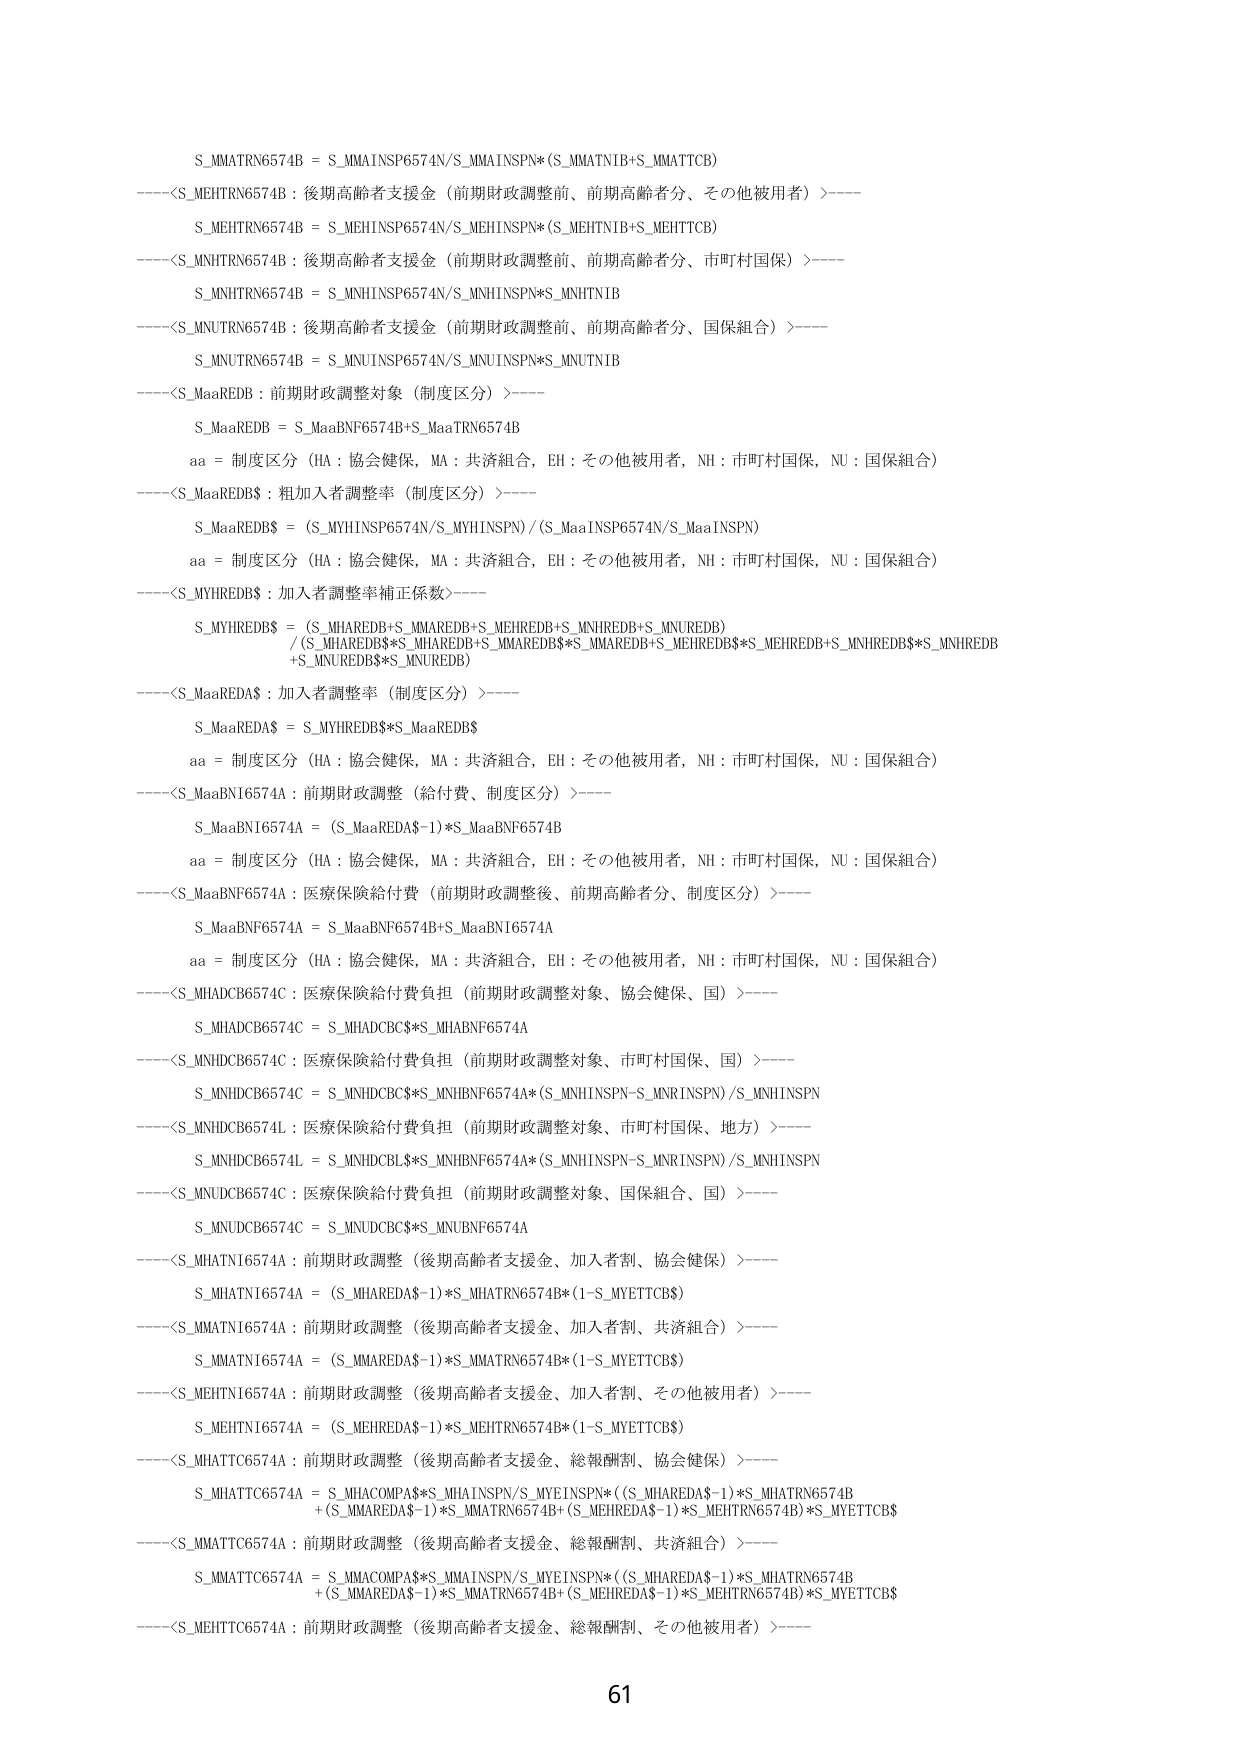
S_MMATRN6574B = S_MMAINSP6574N/S_MMAINSPN*(S_MMATNIB+S_MMATTCB)
----<S_MEHTRN6574B：後期高齢者支援金（前期財政調整前、前期高齢者分、その他被用者）>----
S_MEHTRN6574B = S_MEHINSP6574N/S_MEHINSPN*(S_MEHTNIB+S_MEHTTCB)
----<S_MNHTRN6574B：後期高齢者支援金（前期財政調整前、前期高齢者分、市町村国保）>----
S_MNHTRN6574B = S_MNHINSP6574N/S_MNHINSPN*S_MNHTNIB
----<S_MNUTRN6574B：後期高齢者支援金（前期財政調整前、前期高齢者分、国保組合）>----
S_MNUTRN6574B = S_MNUINSP6574N/S_MNUINSPN*S_MNUTNIB
----<S_MaaREDB：前期財政調整対象（制度区分）>----
S_MaaREDB = S_MaaBNF6574B+S_MaaTRN6574B
aa = 制度区分（HA：協会健保，MA：共済組合，EH：その他被用者，NH：市町村国保，NU：国保組合）
----<S_MaaREDB$：粗加入者調整率（制度区分）>----
S_MaaREDB$ = (S_MYHINSP6574N/S_MYHINSPN) / (S_MaaINSP6574N/S_MaaINSPN)
aa = 制度区分（HA：協会健保，MA：共済組合，EH：その他被用者，NH：市町村国保，NU：国保組合）
----<S_MYHREDB$：加入者調整率補正係数>----
S_MYHREDB$ = (S_MHAREDB+S_MMAREDB+S_MEHREDB+S_MNHREDB+S_MNUREDB)
/ (S_MHAREDB$*S_MHAREDB+S_MMAREDB$*S_MMAREDB+S_MEHREDB$*S_MEHREDB+S_MNHREDB$*S_MNHREDB
+S_MNUREDB$*S_MNUREDB)
----<S_MaaREDA$：加入者調整率（制度区分）>----
S_MaaREDA$ = S_MYHREDB$*S_MaaREDB$
aa = 制度区分（HA：協会健保，MA：共済組合，EH：その他被用者，NH：市町村国保，NU：国保組合）
----<S_MaaBN16574A：前期財政調整（給付費、制度区分）>----
S_MaaBN16574A = (S_MaaREDA$-1)*S_MaaBNF6574B
aa = 制度区分（HA：協会健保，MA：共済組合，EH：その他被用者，NH：市町村国保，NU：国保組合）
----<S_MaaBNF6574A：医療保険給付費（前期財政調整後、前期高齢者分、制度区分）>----
S_MaaBNF6574A = S_MaaBNF6574B+S_MaaBN16574A
aa = 制度区分（HA：協会健保，MA：共済組合，EH：その他被用者，NH：市町村国保，NU：国保組合）
----<S_MHADCB6574C：医療保険給付費負担（前期財政調整対象、協会健保、国）>----
S_MHADCB6574C = S_MHADCB$*S_MHABNF6574A
----<S_MNHDCB6574C：医療保険給付費負担（前期財政調整対象、市町村国保、国）>----
S_MNHDCB6574C = S_MNHDCB$*S_MNHBNF6574A*(S_MNHINSPN-S_MNRINSPN) /S_MNHINSPN
----<S_MNHDCB6574L：医療保険給付費負担（前期財政調整対象、市町村国保、地方）>----
S_MNHDCB6574L = S_MNHDCBL$*S_MNHBNF6574A*(S_MNHINSPN-S_MNRINSPN) /S_MNHINSPN
----<S_MNUDCB6574C：医療保険給付費負担（前期財政調整対象、国保組合、国）>----
S_MNUDCB6574C = S_MNUDCB$*S_MNUBNF6574A
----<S_MHATN16574A：前期財政調整（後期高齢者支援金、加入者割、協会健保）>----
S_MHATN16574A = (S_MHAREDA$-1)*S_MHATRN6574B*(1-S_MYETTCB$)
----<S_MMATN16574A：前期財政調整（後期高齢者支援金、加入者割、共済組合）>----
S_MMATN16574A = (S_MMAREDA$-1)*S_MMATRN6574B*(1-S_MYETTCB$)
----<S_MEHTN16574A：前期財政調整（後期高齢者支援金、加入者割、その他被用者）>----
S_MEHTN16574A = (S_MEHREDA$-1)*S_MEHTRN6574B*(1-S_MYETTCB$)
----<S_MHATTC6574A：前期財政調整（後期高齢者支援金、総報酬割、協会健保）>----
S_MHATTC6574A = S_MHACOMPA$*S_MHAINSPN/S_MYEINSPN*((S_MHAREDA$-1)*S_MHATRN6574B
+(S_MMAREDA$-1)*S_MMATRN6574B+(S_MEHREDA$-1)*S_MEHTRN6574B)*S_MYETTCB$
----<S_MMATTC6574A：前期財政調整（後期高齢者支援金、総報酬割、共済組合）>----
S_MMATTC6574A = S_MMACOMPA$*S_MMAINSPN/S_MYEINSPN*((S_MHAREDA$-1)*S_MHATRN6574B
+(S_MMAREDA$-1)*S_MMATRN6574B+(S_MEHREDA$-1)*S_MEHTRN6574B)*S_MYETTCB$
----<S_MEHTTC6574A：前期財政調整（後期高齢者支援金、総報酬割、その他被用者）>----
61